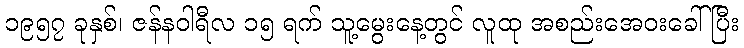
၁၉၅၇ ခုနှစ်၊ ဇန်နဝါရီလ ၁၅ ရက် သူ့မွေးနေ့တွင် လူထု အစည်းအေဝးခေါ်ပြီး